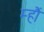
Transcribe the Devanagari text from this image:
म्हौं